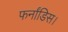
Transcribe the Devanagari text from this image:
फर्नांडिस।